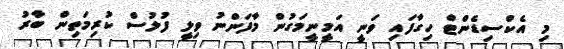
މި އެކްސިޑެންޓް ހިގާފައި ވަނީ އަމީނީމަގުން މާފަންނު ވިލީ ފުލުސް ކުރިމަތިން ބާރު